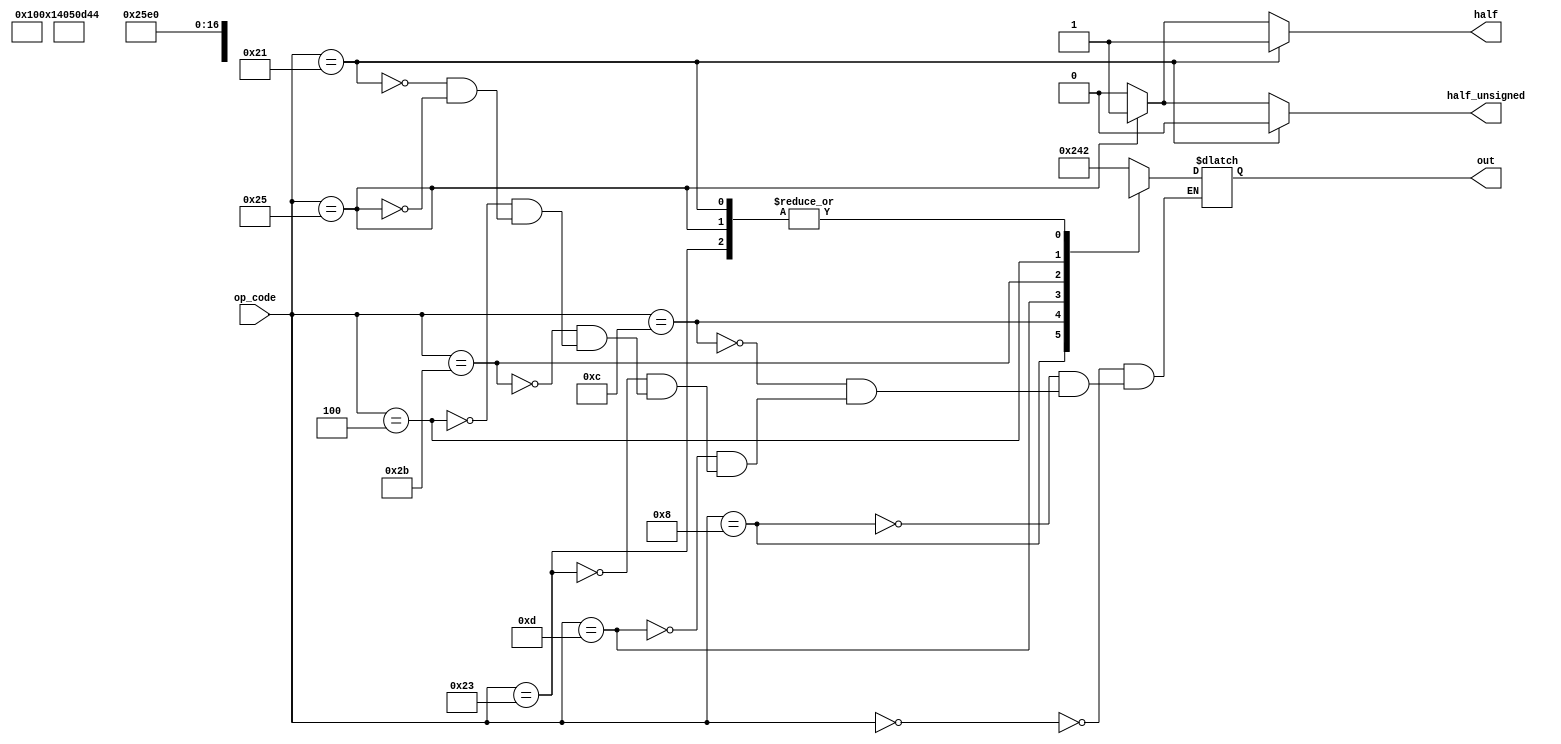
module control_unit(out, half, half_unsigned, op_code);

  input [5:0] op_code;

  // OUTPUT = regDst ALUsrc memtoReg regWrite memRead memWrite branch ALUop[2:0] 

  output reg half, half_unsigned; // signals for lh and lhu
  output reg [9:0] out;

  parameter [9:0] regDst = 10'b1000000000;
  parameter [9:0] ALUsrc = 10'b0100000000;
  parameter [9:0] memtoReg = 10'b0010000000;
  parameter [9:0] regWrite = 10'b0001000000;
  parameter [9:0] memRead = 10'b0000100000;
  parameter [9:0] memWrite = 10'b0000010000;
  parameter [9:0] branch = 10'b0000001000;
  parameter [9:0] R_typeALU = 10'b000000010;
  parameter [9:0] branchALU = 10'b000000001;


  always @(op_code)
  begin
    case(op_code)
      6'b000000 : out <= regDst | regWrite | R_typeALU ; // R-type
    	6'b001000 : out <= ALUsrc | regWrite; // addi
      6'b001100 : out <= ALUsrc | regWrite | 10'b0000000011; // andi
      6'b001101 : out <= ALUsrc | regWrite | 10'b0000000100; // ori                      
    	6'b100011 : out <= ALUsrc | memtoReg | regWrite | memRead; // lw
    	6'b101011 : out <= 10'bx0x0000000 | ALUsrc | memWrite ; // sw
    	6'b000100 : out <= 10'bx0x0000000 | branch | branchALU; // beq
      6'b100001 : out <= ALUsrc | memtoReg | regWrite | memRead; // lh
      6'b100101 : out <= ALUsrc | memtoReg | regWrite | memRead; // lhu
    endcase
    
    if (op_code == 6'b100001) begin // lh
      half <= 1;
      half_unsigned <= 0;
    end
    else if (op_code == 6'b100101) begin // lhu
      half <= 1;
      half_unsigned <= 1;
    end
    else begin
      half <= 0;
      half_unsigned <= 0;
    end
  end

endmodule